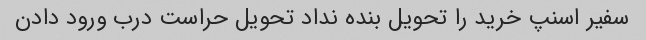
سفیر اسنپ خرید را تحویل بنده نداد تحویل حراست درب ورود دادن